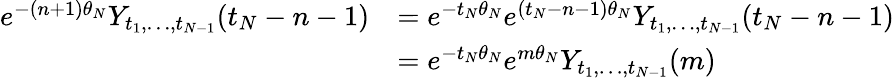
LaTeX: \begin{array}{rl}{e^{-(n+1)\theta_{N}}Y_{t_{1},\dots,t_{N-1}}(t_{N}-n-1)}&{=e^{-t_{N}\theta_{N}}e^{(t_{N}-n-1)\theta_{N}}Y_{t_{1},\dots,t_{N-1}}(t_{N}-n-1)}\\ &{=e^{-t_{N}\theta_{N}}e^{m\theta_{N}}Y_{t_{1},\dots,t_{N-1}}(m)}\end{array}